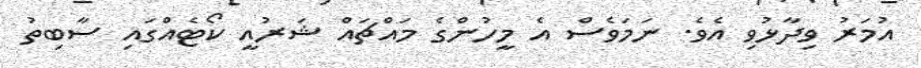
އުމަރު ވިދާޅުވި އެވެ. ނަމަވެސް އެ މީހުންގެ މައްޗައް ޝަރުއީ ކޯޓެއްގައި ސާބިތު